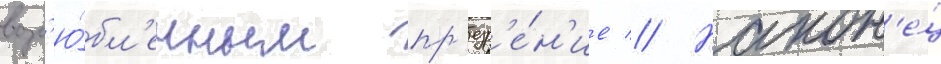
возл'ю́бл'енным пр'езр'е́н'ие // Након'е́ц